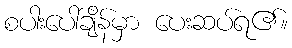
စပါးပေါ်ချိန်မှာ ပေးဆပ်ရ၏။